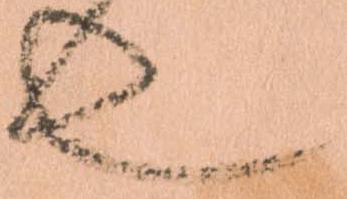
也